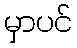
မှာပင်